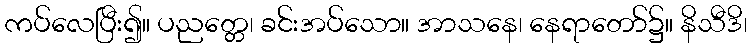
ကပ်လေပြီး၍။ ပညတ္တေ၊ ခင်းအပ်သော။ အာသနေ၊ နေရာတော်၌။ နိသီဒိ၊